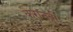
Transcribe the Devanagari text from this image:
कैरानवी